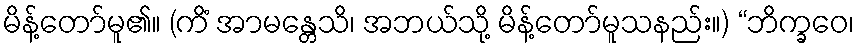
မိန့်တော်မူ၏။ (ကိံ အာမန္တေသိ၊ အဘယ်သို့ မိန့်တော်မူသနည်း။) “ဘိက္ခဝေ၊